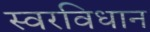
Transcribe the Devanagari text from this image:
स्वरविधान